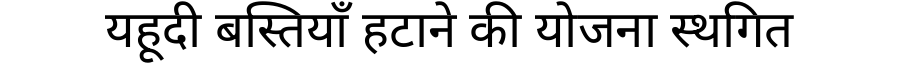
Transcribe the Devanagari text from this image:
यहूदी बस्तियाँ हटाने की योजना स्थगित